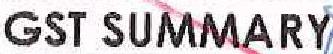
GST SUMMARY